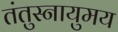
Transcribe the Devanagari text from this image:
तंतुस्नायुमय